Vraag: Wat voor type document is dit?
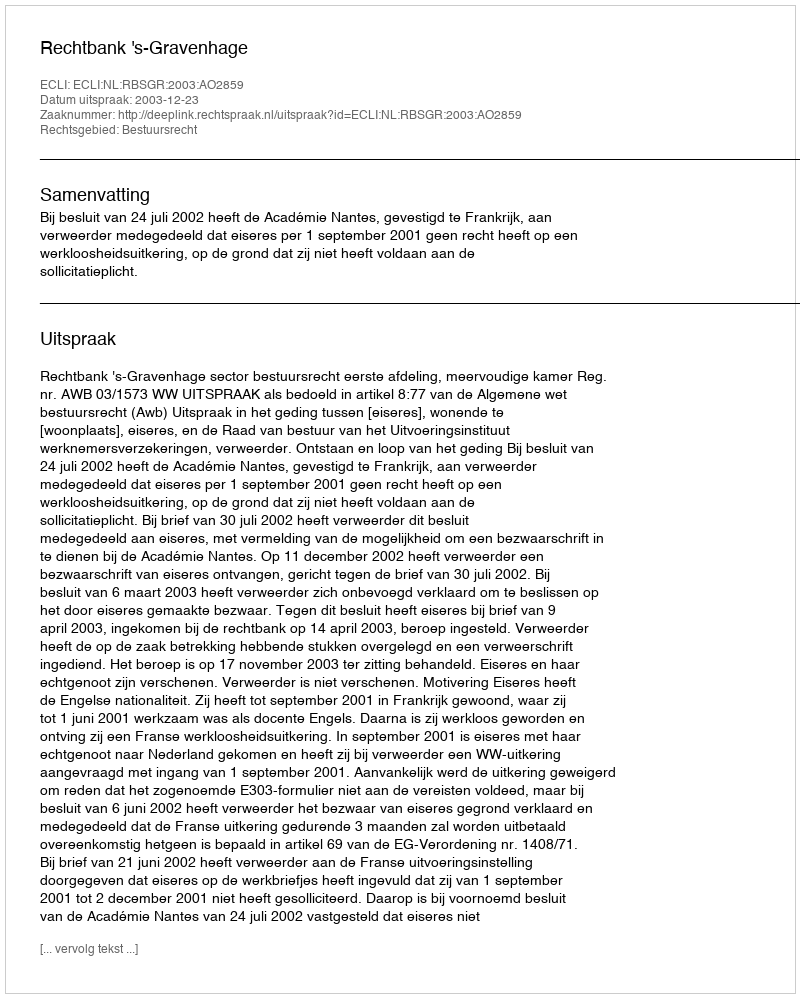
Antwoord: Uitspraak